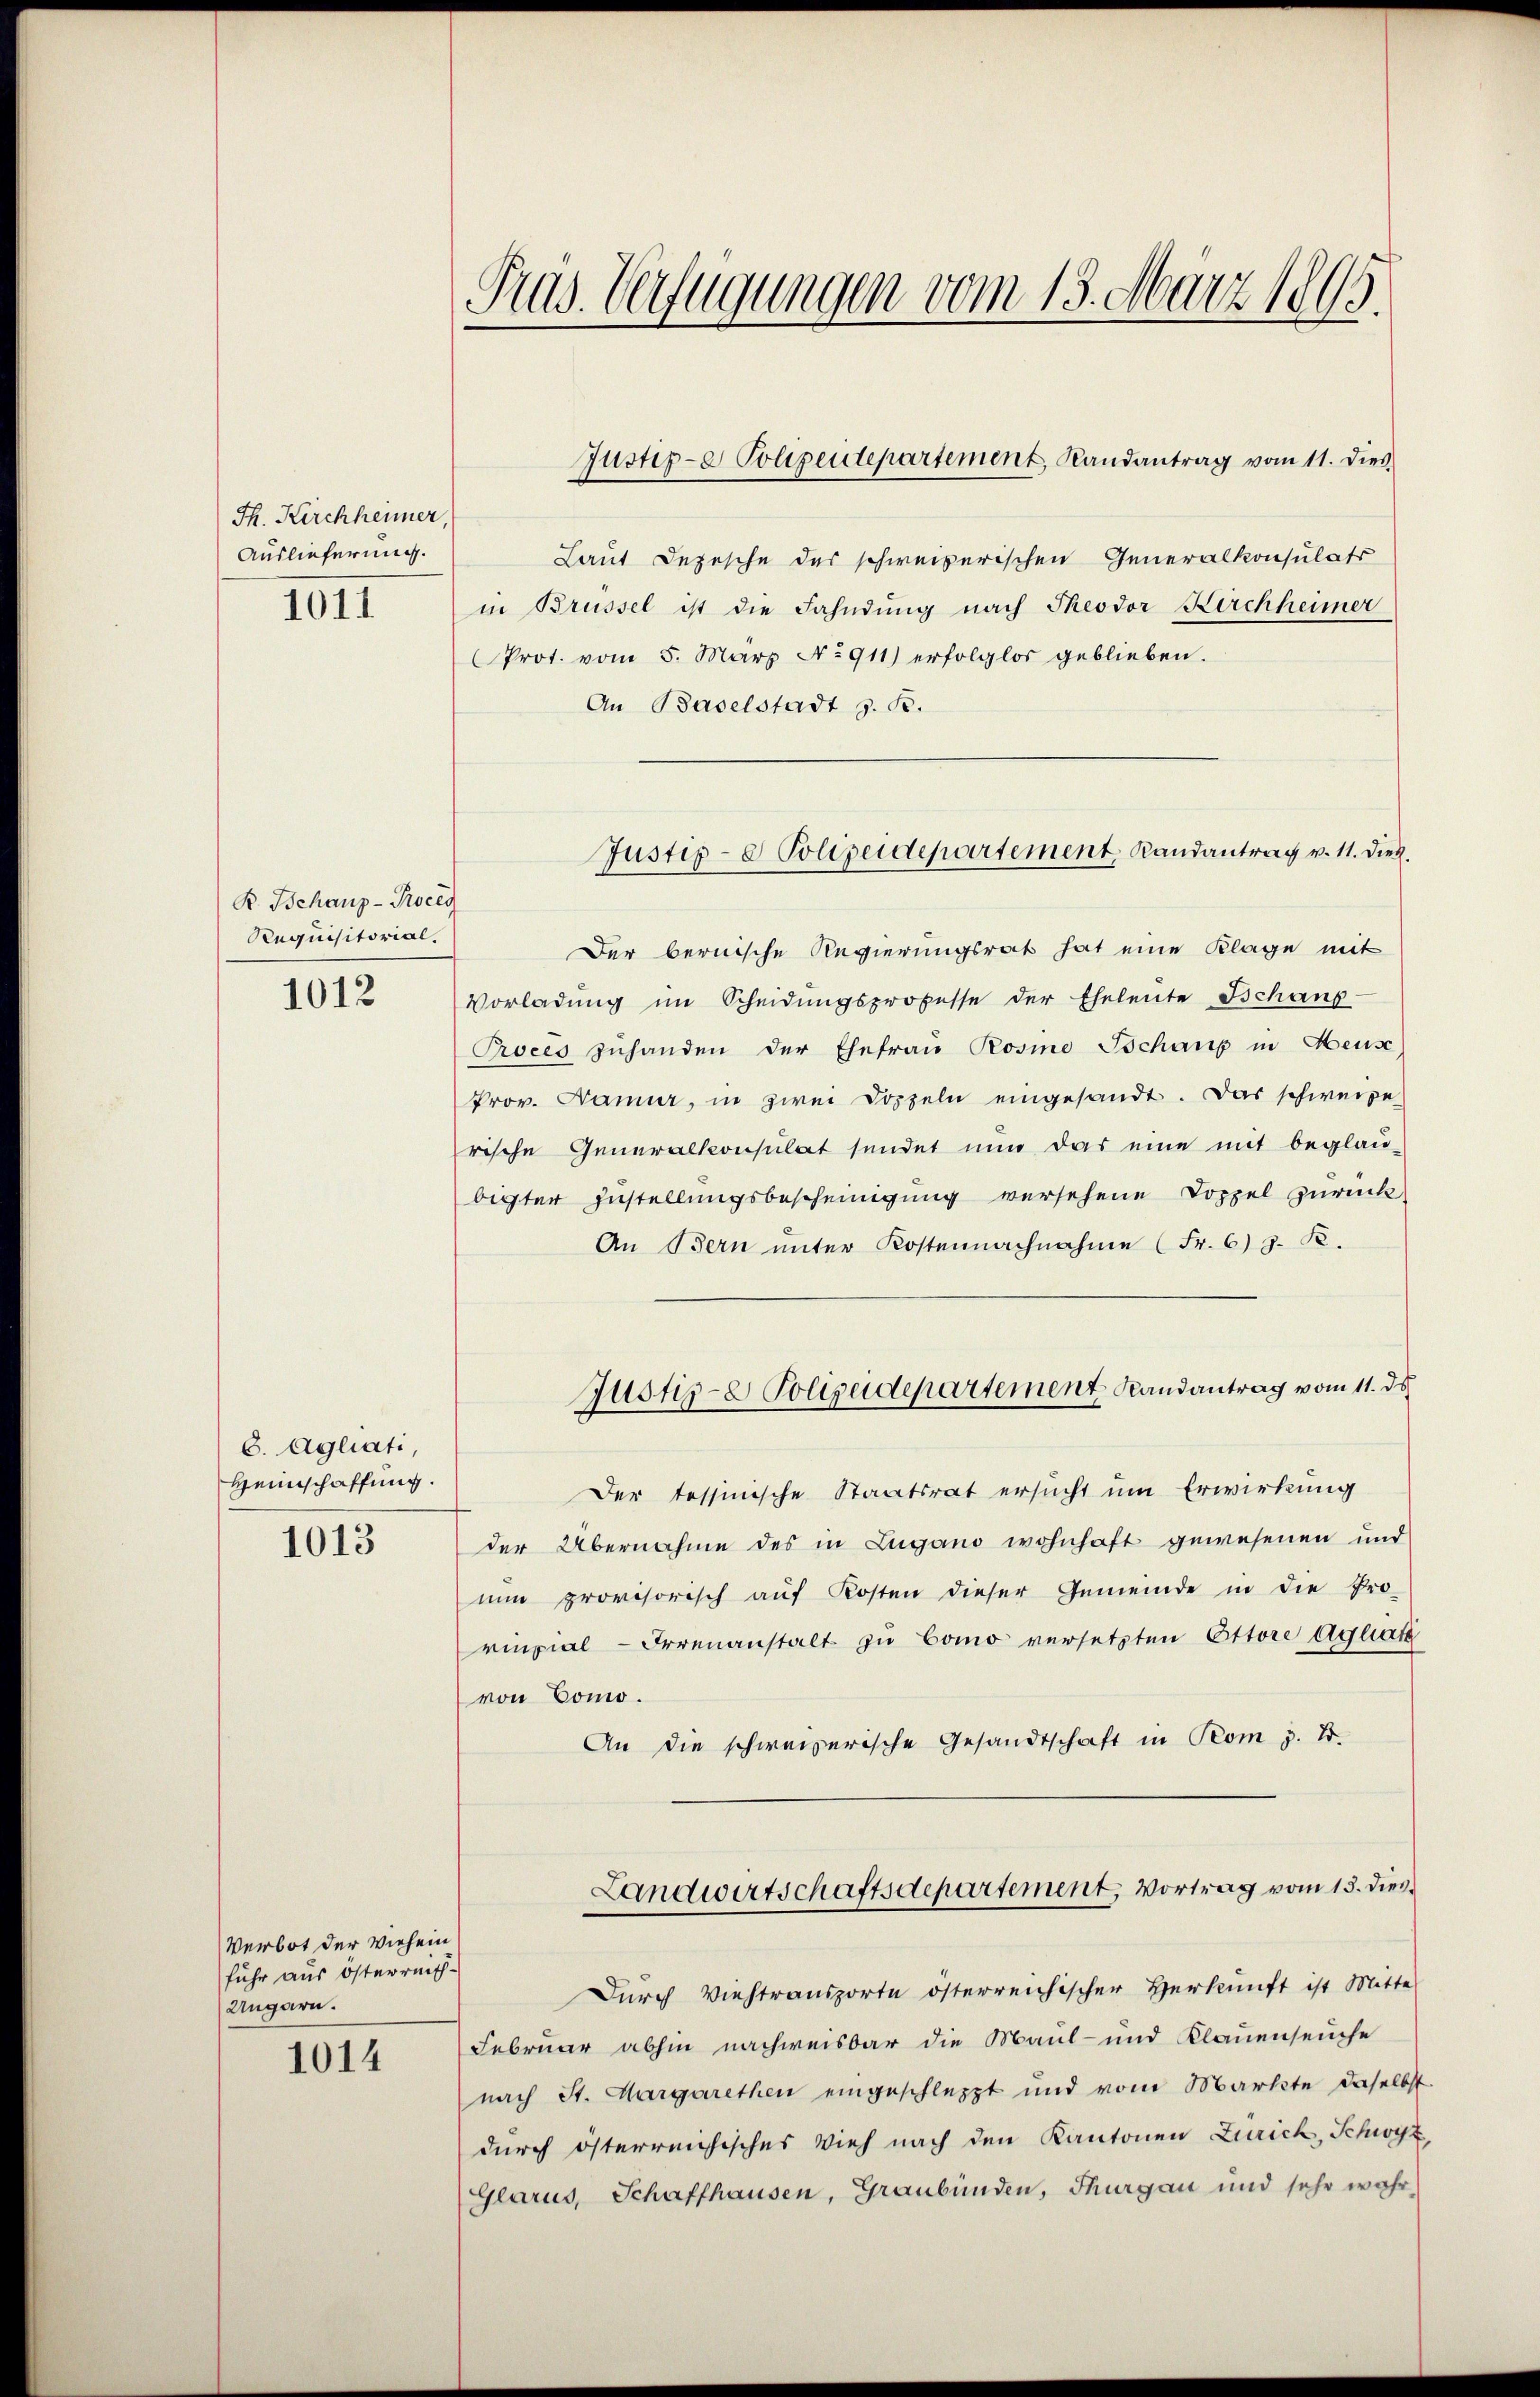
Th. Kirchheimer,
Auslieferung.
1011

B. Behanz-Proces
Requisitorial.
1012

8. Agliati,
Heinschaffung.

1013

Verbot der Viehein
fuhr aus österreich¬
Ungarn.

1014

Pras. Verfügungen vom 13. März 1805.

Laut Depesche des schweizerischen Generalkonsulats
in Brüssel ist die Fahndung nach Theodor Kirchheimer
Prot. vom 5. März No 911) erfolglos geblieben.
An Baselstadt z. B.
Der bernische Regierungsrat hat eine Klage mit
Vorladung im Scheidungsprozesse der Eheleute Schaus-
Proces zuhanden der Ehefrau Rosine Schaup in Heuse
Prov. Bamur, in zwei Doppeln eingesandt. Das schweize
rische Generalkonsulat sendet nun das eine mit beglau-
bigter Zustellungsbescheinigung versehene Doppel zurück
An Bern unter Kostennachnahme (Fr. 6) z. B.
Justiz- & Polizeidepartement Landantrag vom 11. ds
Der tessinische Staatsrat ersucht um Erwirkung
der Übernahme des in Lugano wohnhaft gewesenen und
nun provisorisch auf Kosten dieser Gemeinde in die Pro-
rinpial - Irrenanstalt zu Como versetzten Ottore agliatz
von Como.
An die schweizerische Gesandtschaft in Rom z. B.
Landwirtschaftsdepartement, Vortrag vom 13. Dies
Durch Viehtransporte österreichischer Herkunft ist Mitte
Februar abhin nachweisbar die Maul- und Klauenseuche
nach St. Margarethen eingeschleppt und vom Markte daselbst
durch österreichisches Vieh nach den Kantonen Zürich, Schwyz,
Glarus, Schaffhausen, Graubünden, Thurgau und sehr wahr

Justiz- & Polizentepartement, Randantrag vom 11. dies

Justiz- & Polizeidepartement, Randantrag v. 11. Dieb.